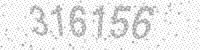
Solution: 316156